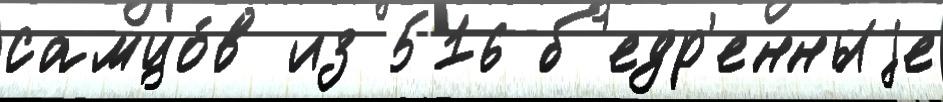
самцо́в из 516 б'едр'енныjе